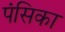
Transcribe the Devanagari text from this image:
पंसिका